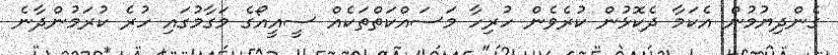
ގެންދިޔުމުން އެކަމާ ދެކޮޅުން ކުރެވެން ހުރިހާ މަސައްކަތްތަކެއް ސީއީއޯގެ މަގާމުގައި ހުރެ ކުރަމުންދާނެ